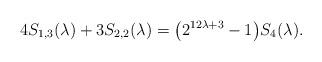
LaTeX: \begin{align*}4 S_{1,3}(\lambda)+3 S_{2,2}(\lambda) = \bigl(2^{12\lambda+3}-1\bigr) S_4(\lambda).\end{align*}